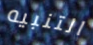
التنبيه